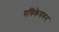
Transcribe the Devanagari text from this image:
पत्रिकेवरुन